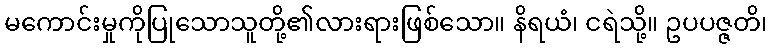
မကောင်းမှုကိုပြုသောသူတို့၏လားရားဖြစ်သော။ နိရယံ၊ ငရဲသို့။ ဥပပဇ္ဇတိ၊